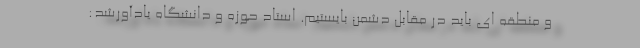
و منطقه ای باید در مقابل دشمن بایستیم. استاد حوزه و دانشگاه یادآورشد: